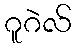
ဂူဂဲလ်